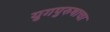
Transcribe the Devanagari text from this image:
युगपुरुषाचा